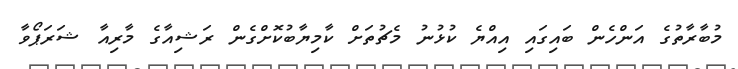
މުބާރާތުގެ އަންހެން ބައިގައި އިއްޔެ ކުޅުނު މެޗުތަށް ކާމިޔާބުކޮށްގެން ރަޝިއާގެ މާރިއާ ޝަރަޕޯވާ